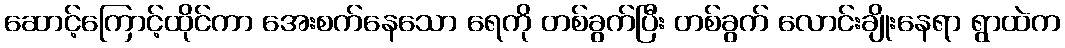
ဆောင့်ကြောင့်ထိုင်ကာ အေးစက်နေသော ရေကို တစ်ခွက်ပြီး တစ်ခွက် လောင်းချိုးနေရာ ရွာထဲက